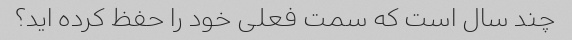
چند سال است که سمت فعلی خود را حفظ کرده اید؟